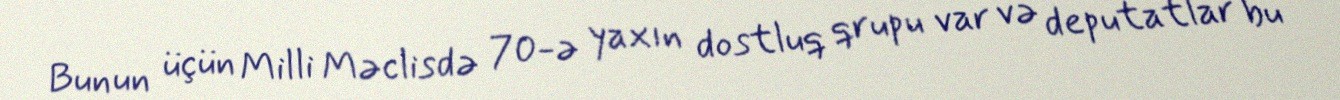
Bunun üçün Milli Məclisdə 70-ə yaxın dostluq qrupu var və deputatlar bu